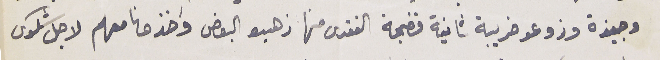
وجبزة وزوعو ضريبة ثانية فضجة الفقرى منها ذهبو البعض واخذونا معهم لاجل شكوى